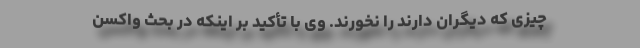
چیزی که دیگران دارند را نخورند. وی با تأکید بر اینکه در بحث واکسن